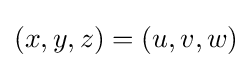
(x,y,z)=(u,v,w)